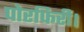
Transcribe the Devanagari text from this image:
पोरफिरी।